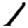
Digit: 1